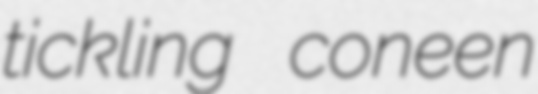
tickling coneen